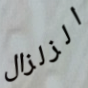
الزلزال